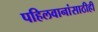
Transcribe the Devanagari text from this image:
पहिलवानांसाठीही